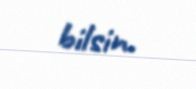
bilsin.